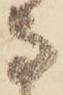
な